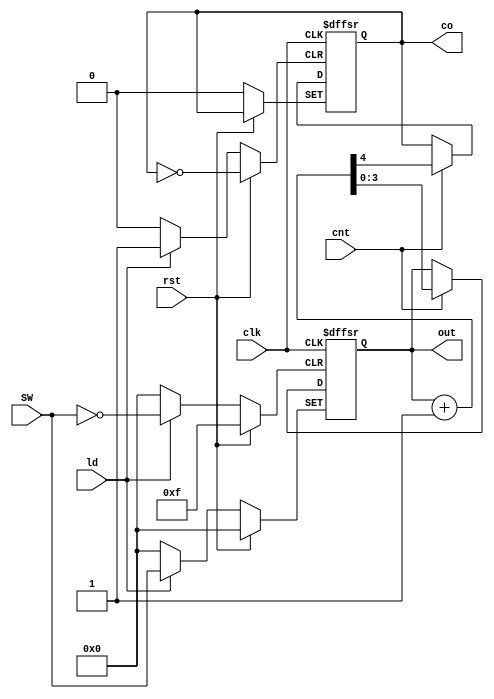
`timescale 1ps/1ps
module frequency_divider(input clk, rst, cnt, ld, input[3:0] SW, output reg co, output reg [3:0] out);


always@(posedge clk, posedge rst, posedge ld)begin
	if(rst)
		out <= 8'b0;
	else if(ld)begin
			out <= SW;
			co <= 1'b0;
	end
	else if(cnt)
		{co, out} <= out + 1;
end


endmodule